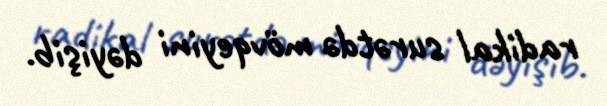
radikal surətdə mövqeyini dəyişib.